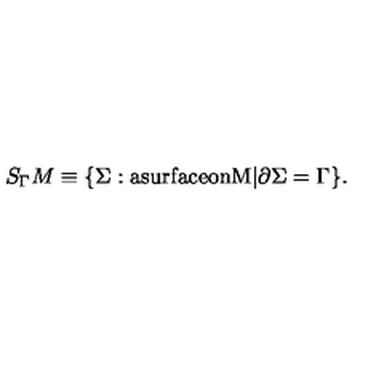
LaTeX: S _ { \Gamma } M \equiv \{ \Sigma : \mathrm { a s u r f a c e o n M } | \partial \Sigma = \Gamma \} .